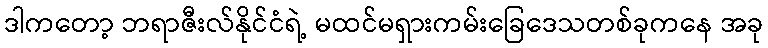
ဒါကတော့ ဘရာဇီးလ်နိုင်ငံရဲ့ မထင်မရှားကမ်းခြေဒေသတစ်ခုကနေ အခု